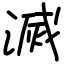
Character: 滅